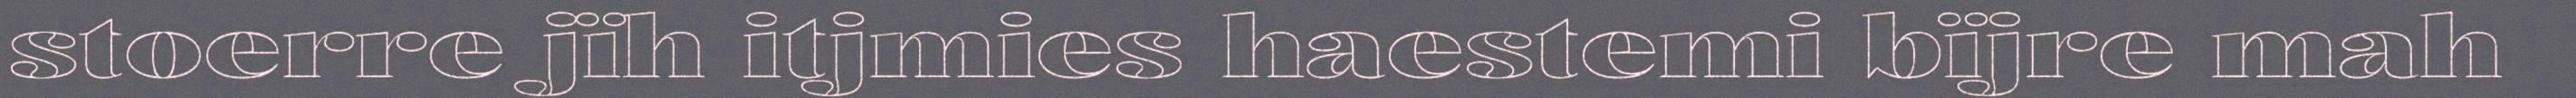
stoerre jïh itjmies haestemi bïjre mah